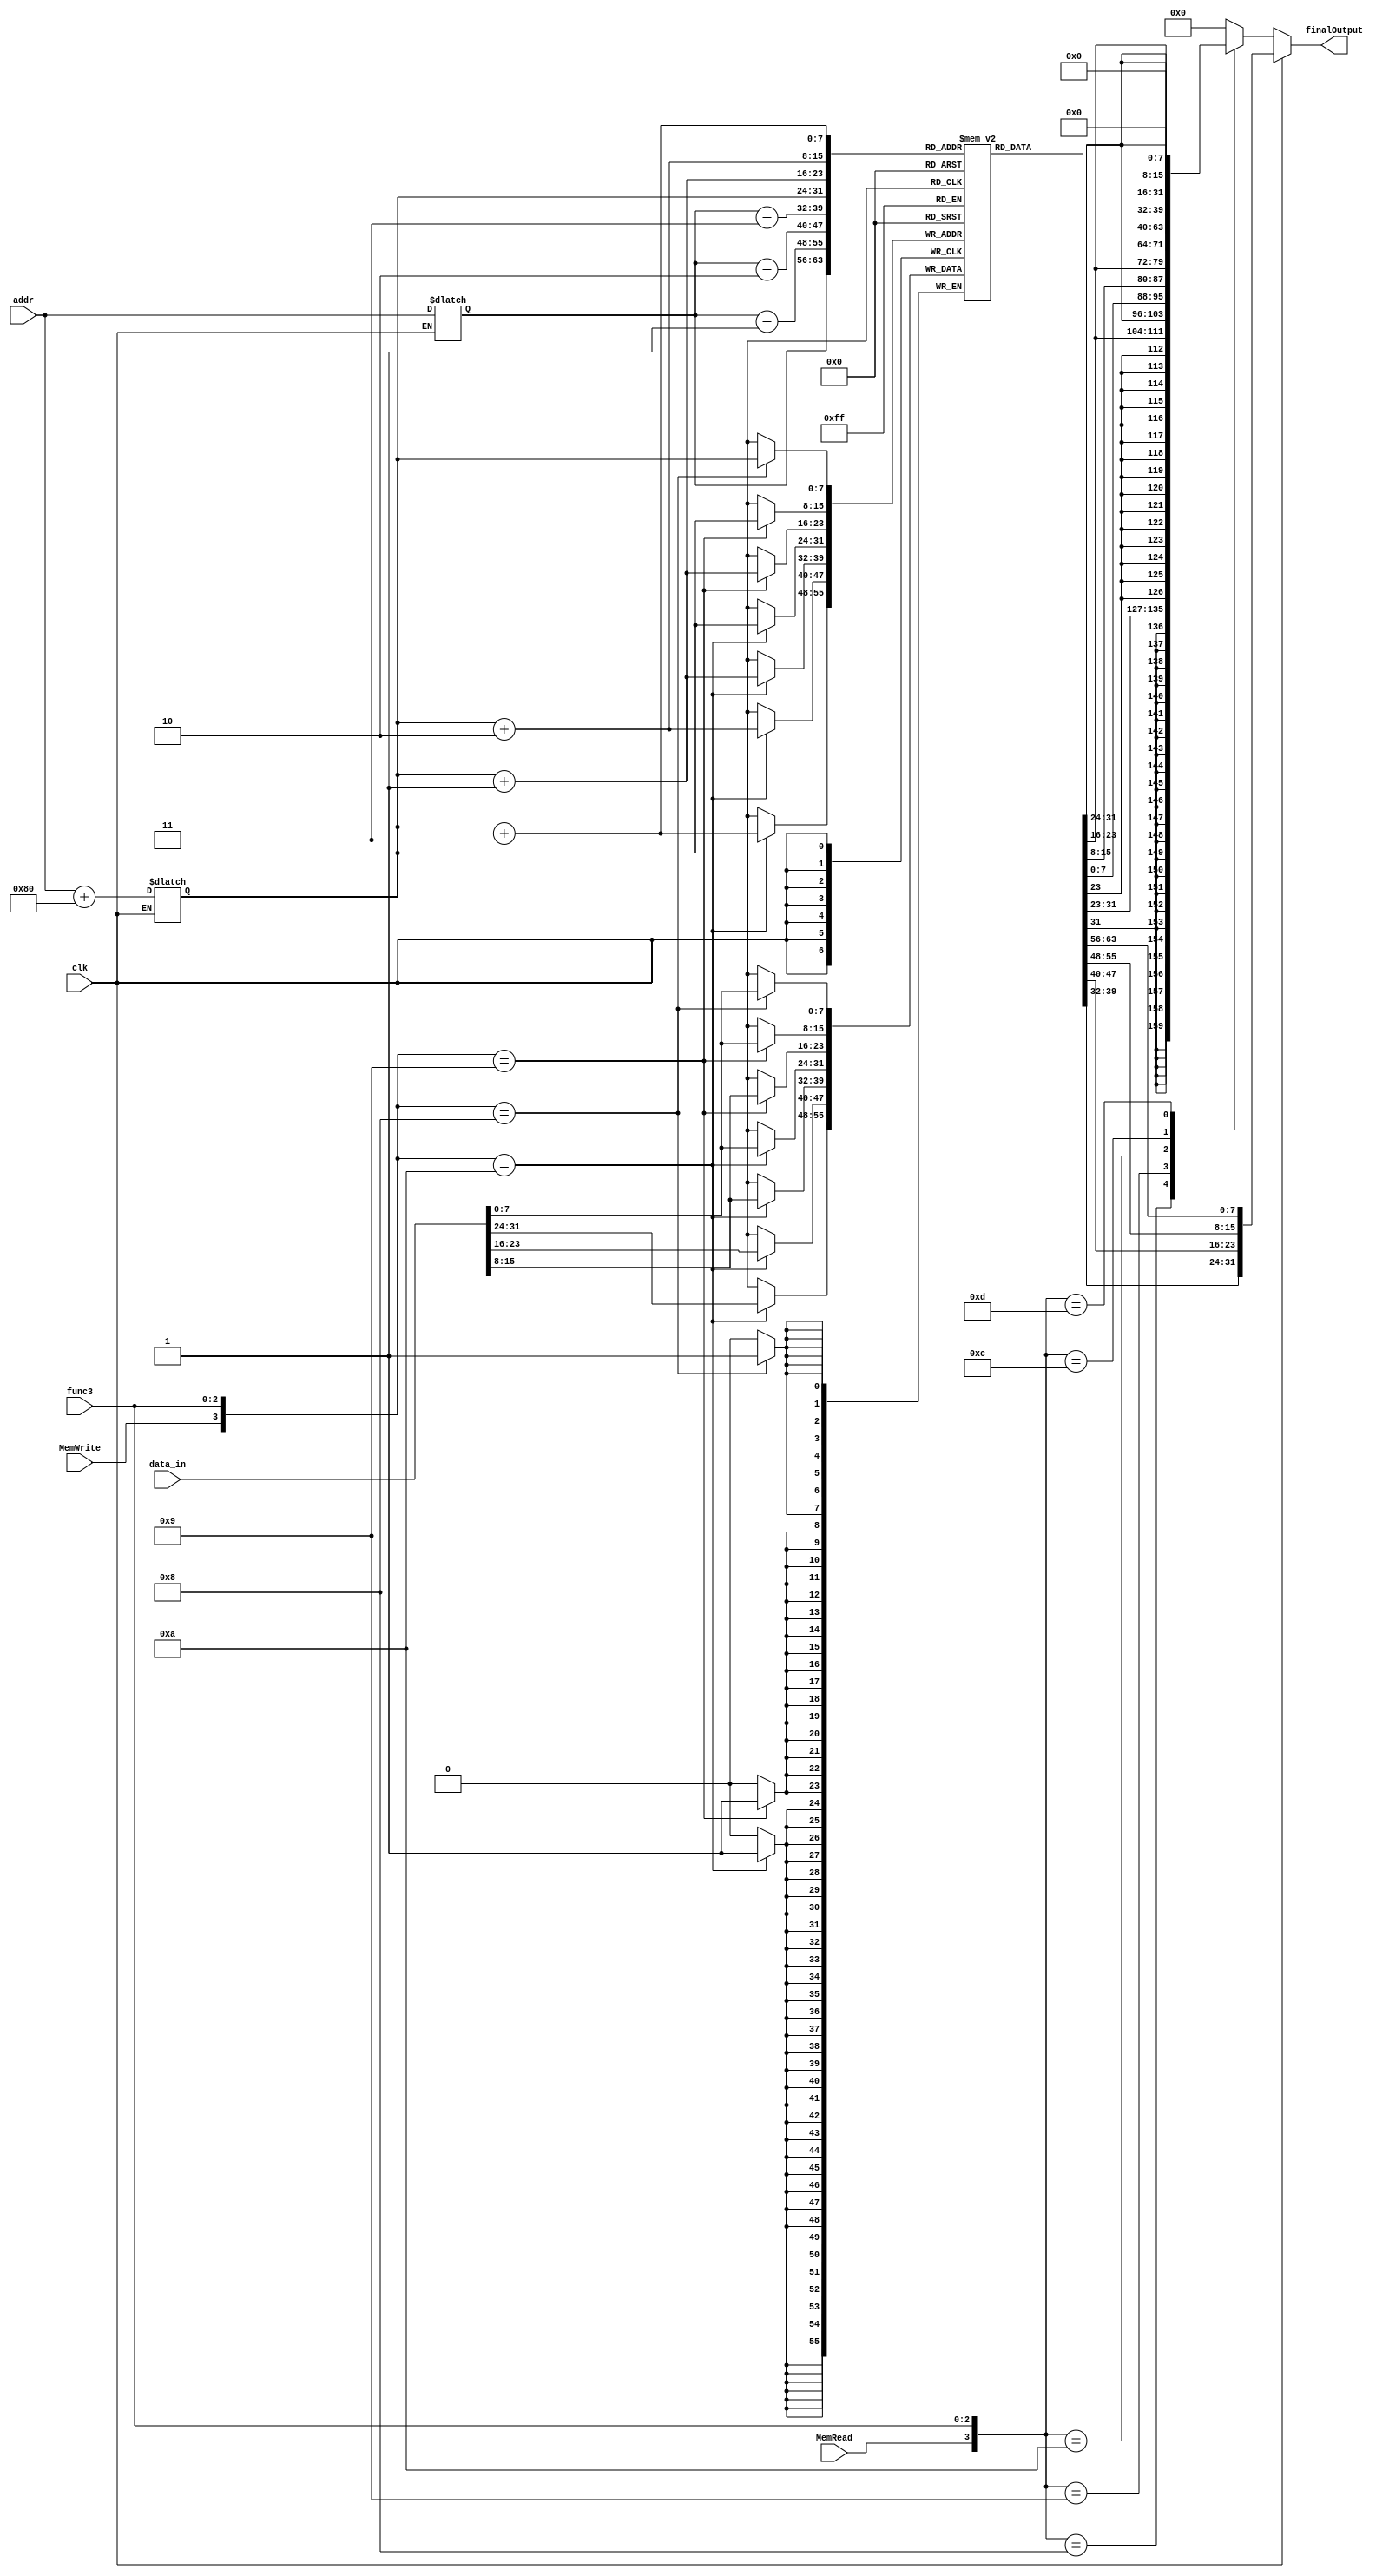
`timescale 1ns / 1ps
//////////////////////////////////////////////////////////////////////////////////
// Company: 
// Engineer: 
// 
// Design Name: 
// Module Name: Memory
// Project Name: 
// Target Devices: 
// Tool Versions: 
// Description: 
// 
// Dependencies: 
// 
// Revision:
// Revision 0.01 - File Created
// Additional Comments:
// 
//////////////////////////////////////////////////////////////////////////////////

//add signal to indicate data or instruction
module Memory(
input clk,
input MemRead, MemWrite,
input [2:0] func3,
input [7:0] addr, //Assuming 4096 locations.
input [31:0] data_in,
output reg [31:0] finalOutput
);
parameter offset = 8'd128;
reg [7:0] mem [0:255];
reg [10:0] dataAddr;
reg [10:0] instrAddr;
reg [31:0] instructionOut;
reg [31:0] data_out;

always@(*) begin
//0: instruction
//1: data
if(clk) begin //instruction
    instrAddr = addr;
    //dataAddr = 0;
    finalOutput = instructionOut;
end
else begin
    dataAddr = addr + offset;
    //instrAddr = 0;
    finalOutput = data_out;
end
end

//Instructions
always@(*) begin
    instructionOut = {mem[instrAddr+3],mem[instrAddr+2],mem[instrAddr+1],mem[instrAddr]};
end
//Data
always@(posedge clk) begin
 case({MemWrite, func3})
4'b1000: mem[dataAddr] = data_in[7:0];  //sb  
4'b1001: {mem[dataAddr + 1], mem[dataAddr]} = data_in[15:0]; //sh
4'b1010: {mem[dataAddr + 3], mem[dataAddr + 2], mem[dataAddr+1], mem[dataAddr]} = data_in; //sw
endcase 
end

always@(*) begin
case({MemRead, func3})
4'b1000: data_out = $signed(mem[dataAddr]);//lb
4'b1001: data_out = $signed({mem[dataAddr + 1], mem[dataAddr]});//lh
4'b1010: data_out = $signed({mem[dataAddr + 3], mem[dataAddr + 2], mem[dataAddr + 1], mem[dataAddr]});//lw
4'b1100: data_out = $unsigned(mem[dataAddr]);//lbu
4'b1101: data_out = $unsigned({mem[dataAddr + 1], mem[dataAddr]});//lhu
default: data_out=0;
endcase
end

//instructions
initial begin
//lab test
{mem[3],mem[2],mem[1],mem[0]}=32'b0000000_00000_00000_000_00000_0110011 ; //add x0, x0, x0
// //added to be skipped since PC starts with 4 after reset
{mem[7],mem[6],mem[5],mem[4]} = 32'b000000000000_00000_010_00001_0000011 ; //lw x1, 0(x0)
 {mem[11],mem[10],mem[9],mem[8]}= 32'b000000000100_00000_010_00010_0000011 ; //lw x2, 4(x0)
 {mem[15],mem[14],mem[13],mem[12]}= 32'b000000001000_00000_010_00011_0000011 ; //lw x3, 8(x0)
 {mem[19],mem[18],mem[17],mem[16]}= 32'b0000000_00010_00001_110_00100_0110011 ; //or x4, x1, x2
 {mem[23],mem[22],mem[21],mem[20]}= 32'b0_000000_00011_00100_000_0100_0_1100011; //beq x4, x3, 4  pc 20 24 28    32 =>   40
 {mem[27],mem[26],mem[25],mem[24]}= 32'b0000000_00010_00001_000_00011_0110011 ; //add x3, x1, x2
 {mem[31],mem[30],mem[29],mem[28]}= 32'b0000000_00010_00011_000_00101_0110011 ; //add x5, x3, x2
 {mem[35],mem[34],mem[33],mem[32]}= 32'b0000000_00101_00000_010_01100_0100011; //sw x5, 12(x0)
 {mem[39],mem[38],mem[37],mem[36]}= 32'b000000001100_00000_010_00110_0000011 ; //lw x6, 12(x0)
 {mem[43],mem[42],mem[41],mem[40]}= 32'b0000000_00001_00110_111_00111_0110011 ; //and x7, x6, x1
 {mem[47],mem[46],mem[45],mem[44]}= 32'b0100000_00010_00001_000_01000_0110011 ; //sub x8, x1, x2
 {mem[51],mem[50],mem[49],mem[48]}= 32'b0000000_00010_00001_000_00000_0110011 ; //add x0, x1, x2
 {mem[55],mem[54],mem[53],mem[52]}= 32'b0000000_00001_00000_000_01001_0110011 ; //add x9, x0, x1
 {mem[59],mem[58],mem[57],mem[56]}= 32'b0000000_00001_00000_000_00000_1110011 ;

////R-type (Working)
//{mem[3],mem[2],mem[1],mem[0]}=32'b0000000_00000_00000_000_00000_0110011 ; //add x0, x0, x0
//// //added to be skipped since PC starts with 4 after reset
//{mem[7],mem[6],mem[5],mem[4]} = 32'b00000000100100000000000010010011 ; 
//{mem[11],mem[10],mem[9],mem[8]}= 32'b00000000001000000000000100010011; 
//{mem[15],mem[14],mem[13],mem[12]}= 32'b11111111011000000000111110010011; 
//{mem[19],mem[18],mem[17],mem[16]}= 32'b00000000001000001000000110110011; 
//{mem[23],mem[22],mem[21],mem[20]}= 32'b01000000001000001000001000110011;
//{mem[27],mem[26],mem[25],mem[24]}= 32'b00000000001000001111001010110011 ; 
//{mem[31],mem[30],mem[29],mem[28]}= 32'b00000000001000001110001100110011;
//{mem[35],mem[34],mem[33],mem[32]}= 32'b00000000001000001100001110110011; 
//{mem[39],mem[38],mem[37],mem[36]}= 32'b00000000001000001001010000110011; 
//{mem[43],mem[42],mem[41],mem[40]}= 32'b00000000001011111101010010110011; 
//{mem[47],mem[46],mem[45],mem[44]}= 32'b01000000001011111101010100110011; 
//{mem[51],mem[50],mem[49],mem[48]}= 32'b00000000000111111010011010110011;
//{mem[55],mem[54],mem[53],mem[52]}= 32'b00000000000111111011010100110011;
//{mem[59],mem[58],mem[57],mem[56]}= 32'b00000000001000001000010110110011;
//{mem[63],mem[62],mem[61],mem[60]}= 32'b00000000001001011000010110110011 ;
//{mem[67],mem[66],mem[65],mem[64]}= 32'b00000000001101011000011000110011 ;

//auipc
//{mem[3],mem[2],mem[1],mem[0]}=32'b0000000_00000_00000_000_00000_0110011 ; //add x0, x0, x0
//// //added to be skipped since PC starts with 4 after reset
//{mem[7],mem[6],mem[5],mem[4]} = 32'd51 ; 
//{mem[11],mem[10],mem[9],mem[8]}= 32'd51; 
//{mem[15],mem[14],mem[13],mem[12]}= 32'd51; 
//{mem[19],mem[18],mem[17],mem[16]} = 32'b00000000000000000010000100010111 ; 

//3 nop instructions were added to make sure that the PC is being added to the immediate and stored in the register file.

//load-store
//{mem[3],mem[2],mem[1],mem[0]}=32'b0000000_00000_00000_000_00000_0110011 ; //add x0, x0, x0
//// //added to be skipped since PC starts with 4 after reset
// {mem[7],mem[6],mem[5],mem[4]} = 32'b00000000100100000000000010010011 ; 
// {mem[11],mem[10],mem[9],mem[8]}= 32'b00000000100100000000000010010011; 
// {mem[15],mem[14],mem[13],mem[12]}= 32'h00400093; //12
// {mem[19],mem[18],mem[17],mem[16]}= 32'h0f000113; //16
// {mem[23],mem[22],mem[21],mem[20]}= 32'hff0ff1b7; //20
// {mem[27],mem[26],mem[25],mem[24]}= 32'h00302223; //24 //sw 
// {mem[31],mem[30],mem[29],mem[28]}= 32'h00201423; //28 //sh
// {mem[35],mem[34],mem[33],mem[32]}= 32'h00100623; //32 //sb
// {mem[39],mem[38],mem[37],mem[36]}= 32'h00402283; //36 //lw
// {mem[43],mem[42],mem[41],mem[40]}= 32'h00801303; //40 //lh
// {mem[47],mem[46],mem[45],mem[44]}= 32'h00c00383; //44 //lb
// {mem[51],mem[50],mem[49],mem[48]}= 32'hffb00413; //48
// {mem[55],mem[54],mem[53],mem[52]}= 32'h00802823; //52 //sw
// {mem[59],mem[58],mem[57],mem[56]}= 32'h01005483; //56 //lhu

//Branches
//{mem[3], mem[2], mem[1], mem[0]} = 32'h0000033;
//    {mem[7], mem[6], mem[5], mem[4]} = 32'b00000000010100000000000010010011;
//  {mem[11], mem[10], mem[9], mem[8]} = 32'b00000000010100000000000100010011;
//{mem[15], mem[14], mem[13], mem[12]} = 32'b00000000001000001000010001100011;
//{mem[19], mem[18], mem[17], mem[16]} = 32'b00000000001000001000000110110011;
//{mem[23], mem[22], mem[21], mem[20]} = 32'b00000000100100000000001000010011;
//{mem[27], mem[26], mem[25], mem[24]} = 32'b00000000010000001001010001100011;
//{mem[31], mem[30], mem[29], mem[28]} = 32'b01000000001000001000000110110011;
//{mem[35], mem[34], mem[33], mem[32]} = 32'b00000000010000001100010001100011;
//{mem[39], mem[38], mem[37], mem[36]} = 32'b00000000001000001000000110110011;
//{mem[43], mem[42], mem[41], mem[40]} = 32'b00000000000100100101010001100011;
//{mem[47], mem[46], mem[45], mem[44]} = 32'b00000000001000001000000110110011;
//{mem[51], mem[50], mem[49], mem[48]} = 32'b11111111011000000000001100010011;
//{mem[55], mem[54], mem[53], mem[52]} = 32'b00000000000100110110011001100011;
//{mem[59], mem[58], mem[57], mem[56]} = 32'b00000000010000001000001110110011;
//{mem[63], mem[62], mem[61], mem[60]} = 32'b00000000000100110100010001100011;
//{mem[67], mem[66], mem[65], mem[64]} = 32'b00000100010100001000010100010011;
//{mem[71], mem[70], mem[69], mem[68]} = 32'b00000100010100001000010110010011;
//{mem[75], mem[74], mem[73], mem[72]} = 32'b00000000000100110101011001100011;
//{mem[79], mem[78], mem[77], mem[76]} = 32'b00000100010100001000011000010011;
//{mem[83], mem[82], mem[81], mem[80]} = 32'b00000000000100110111010001100011;
//{mem[87], mem[86], mem[85], mem[84]} = 32'b00000100010100000000011010010011;
//{mem[91], mem[90], mem[89], mem[88]} = 32'b00000100010100000000011110010011;
//{mem[95], mem[94], mem[93], mem[92]} = 32'b00000000000000000000000001110011;
//{mem[99], mem[98], mem[97], mem[96]} = 32'b00000100010100000000111110010011;
//{mem[103], mem[102], mem[101], mem[100]} = 32'b00000011110000000000111100010011;
//{mem[107], mem[106], mem[105], mem[104]} = 32'b00000100010100000000111010010011;

//I-type and Jump
//{mem[3], mem[2], mem[1], mem[0]} = 32'h0000033; //nop
//{mem[7], mem[6], mem[5], mem[4]} = 32'b00000000000000000000000010110011;
//{mem[15], mem[14], mem[13], mem[12]} = 32'b00000000100100001000000010010011;
//{mem[19], mem[18], mem[17], mem[16]} = 32'b00000001010000001000000010010011;
//{mem[23], mem[22], mem[21], mem[20]} = 32'b11111111110000001000000010010011;
//{mem[27], mem[26], mem[25], mem[24]} = 32'b00000000111100000000000100010011;
//{mem[31], mem[30], mem[29], mem[28]} = 32'b00000001000100001100000110010011;
//{mem[35], mem[34], mem[33], mem[32]} = 32'b00000001010000001110001000010011;
//{mem[39], mem[38], mem[37], mem[36]} = 32'b00000001001100001111001010010011;
//{mem[43], mem[42], mem[41], mem[40]} = 32'b00000110010000001010001100010011;
//{mem[47], mem[46], mem[45], mem[44]} = 32'b11111111101100000000111110010011;
//{mem[51], mem[50], mem[49], mem[48]} = 32'b00000110010011111010001110010011;
//{mem[55], mem[54], mem[53], mem[52]} = 32'b00000110010011111011010000010011;
//{mem[59], mem[58], mem[57], mem[56]} = 32'b00000000001000001001010010010011;
//{mem[63], mem[62], mem[61], mem[60]} = 32'b00000000001000001101010100010011;
//{mem[67], mem[66], mem[65], mem[64]} = 32'b01000000001000001101010110010011;
//{mem[71], mem[70], mem[69], mem[68]} = 32'b00000001000000000000111101101111;
//{mem[75], mem[74], mem[73], mem[72]} = 32'b00000011001000000000101000010011;
//{mem[79], mem[78], mem[77], mem[76]} = 32'b00000011001000000000100110010011;
//{mem[83], mem[82], mem[81], mem[80]} = 32'b00000011001000000000100100010011;
//{mem[87], mem[86], mem[85], mem[84]} = 32'b11111010000111111100101011100011;
//{mem[91], mem[90], mem[89], mem[88]} = 32'b0000_0000_0001_00000000000001110011; //ebreak

//{mem[95], mem[94], mem[93], mem[92]} = 32'b00000000000000000000000001110011;
//{mem[99], mem[98], mem[97], mem[96]} = 32'b00000000000000000000000001110011;


//JALR
//{mem[3], mem[2], mem[1], mem[0]} = 32'h0000033; //nop
//{mem[7], mem[6], mem[5], mem[4]} =     32'b00000000100100000000000010010011;
//{mem[15], mem[14], mem[13], mem[12]} = 32'b00000000010000000000000100010011;
//{mem[19], mem[18], mem[17], mem[16]} = 32'b00000000110000000000111111101111;
//{mem[23], mem[22], mem[21], mem[20]} = 32'b00000100010100000000101000010011;
//{mem[27], mem[26], mem[25], mem[24]} = 32'b00000000000100000000000001110011;
//{mem[31], mem[30], mem[29], mem[28]} = 32'b00000000101000000000000110010011;
//{mem[35], mem[34], mem[33], mem[32]} = 32'b00000000111100000000001000010011;
//{mem[39], mem[38], mem[37], mem[36]} = 32'b00000000000011111000000001100111;

//Hazards
// {mem[3], mem[2], mem[1], mem[0]} =       32'h00002083; //nop
// {mem[7],mem[6],mem[5],mem[4]} =          32'h00a08093; 
// {mem[11],mem[10],mem[9],mem[8]}=         32'h00402083; 
// {mem[15],mem[14],mem[13],mem[12]}=       32'h00108233; //12
// {mem[19],mem[18],mem[17],mem[16]}=       32'h00802083; //16
// {mem[23],mem[22],mem[21],mem[20]}=       32'h001080b3; //20
// {mem[27],mem[26],mem[25],mem[24]}=       32'h00a00113; //24 //sw 
// {mem[31],mem[30],mem[29],mem[28]}=       32'h00f10113; //28 //sh
// {mem[35], mem[34], mem[33], mem[32]} =   32'h01410113;
// {mem[39], mem[38], mem[37], mem[36]} =   32'h00202223;
// {mem[43], mem[42], mem[41], mem[40]} =   32'h00402183;
// {mem[47], mem[46], mem[45], mem[44]} =   32'h00402183;
                                          
 end                                     
                                         
//data                                    
 initial begin
 {mem[3+ offset],mem[2+ offset],mem[1+ offset],mem[0+ offset]}=32'd17;
 {mem[7+ offset],mem[6+ offset],mem[5+ offset],mem[4+ offset]}=32'd9;
 {mem[11+ offset],mem[10+ offset],mem[9+ offset],mem[8+ offset]}=32'd25;
 end

//add mux to select instruction or data, and the selection line is the clk
endmodule